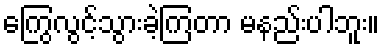
ကြွေလွင့်သွားခဲ့ကြတာ မနည်းပါဘူး။